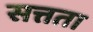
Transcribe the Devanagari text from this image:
सत्तता